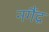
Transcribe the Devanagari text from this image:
नगैंद्र